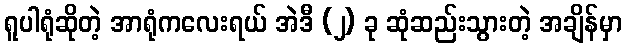
ရူပါရုံဆိုတဲ့ အာရုံကလေးရယ် အဲဒီ (၂) ခု ဆုံဆည်းသွားတဲ့ အချိန်မှာ